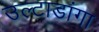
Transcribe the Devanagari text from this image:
उल्टाडांगा